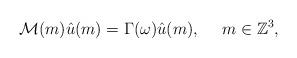
LaTeX: \begin{align*}\mathcal{M}(m) \hat{u}(m) = \Gamma(\omega) \hat{u}(m),\ \ \ \ m\in{\mathbb Z}^3,\end{align*}